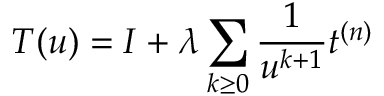
T ( u ) = I + \lambda \sum _ { k \geq 0 } \frac { 1 } { u ^ { k + 1 } } t ^ { ( n ) }